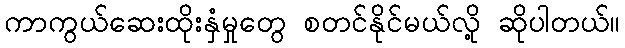
ကာကွယ်ဆေးထိုးနှံမှုတွေ စတင်နိုင်မယ်လို့ ဆိုပါတယ်။